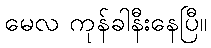
မေလ ကုန်ခါနီးနေပြီ။